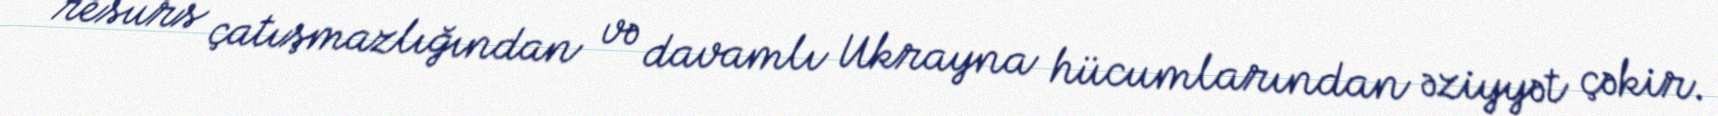
resurs çatışmazlığından və davamlı Ukrayna hücumlarından əziyyət çəkir.